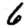
Digit: 6